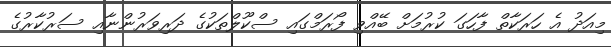
މިއަދު އެ ހަރަކާތް ފާހަގަ ކުރުމަށް ބޭއްވި ފޯރަމްގައި ސްކޫލްތަކުގެ ދަރިވަރުންނާއި ސަރުކާރުގެ